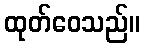
ထုတ်ဝေသည်။